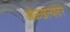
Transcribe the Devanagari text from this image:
ओळखल्यावर